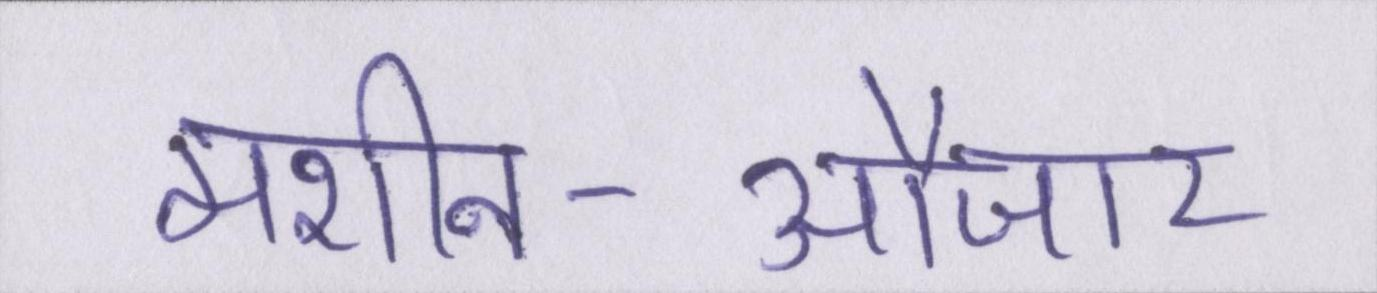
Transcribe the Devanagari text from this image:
मशीन-औजार